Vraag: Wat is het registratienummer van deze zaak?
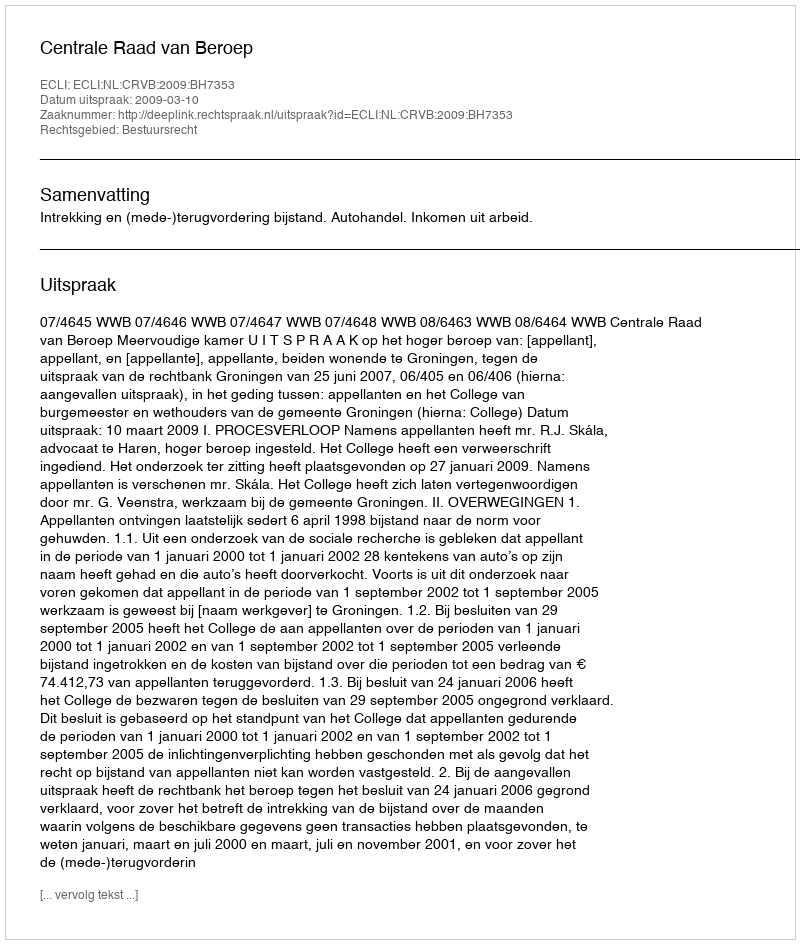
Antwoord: http://deeplink.rechtspraak.nl/uitspraak?id=ECLI:NL:CRVB:2009:BH7353